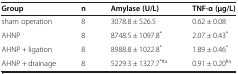
| Group | n | Amylase (U/L) | TNF-α (μg/L) |
 | --- | --- | --- | --- |
 | sham operation | 8 | 3078.8 ± 526.5 | 0.62 ± 0.08 |
 | AHNP | 8 | 8748.5 ± 1097.8* | 2.07 ± 0.43* |
 | AHNP + ligation | 8 | 8988.8 ± 1022.8* | 1.89 ± 0.46* |
 | AHNP + drainage | 8 | 5229.3 ± 1327.7*#a | 0.91 ± 0.20#a |